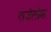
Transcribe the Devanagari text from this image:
राजेलोक